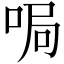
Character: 𫪐